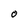
Character: O